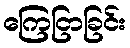
ကြေငြာခြင်း